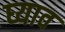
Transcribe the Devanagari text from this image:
घ्याव